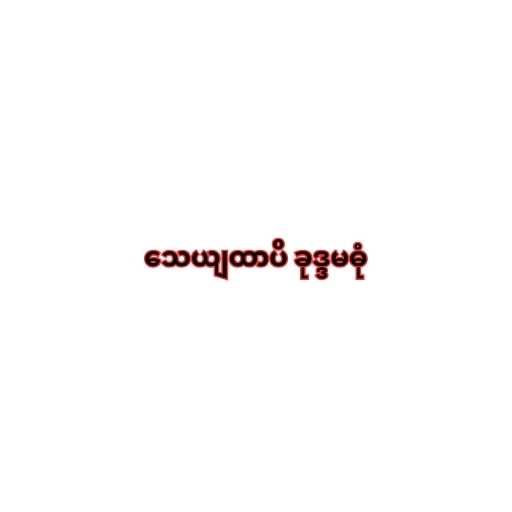
သေယျထာပိ ခုဒ္ဒမဓုံ